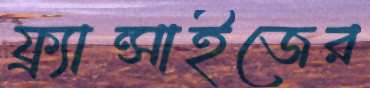
ফ্র্যান্সাইজের